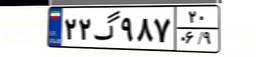
۲۲گ۹۸۷۲۰